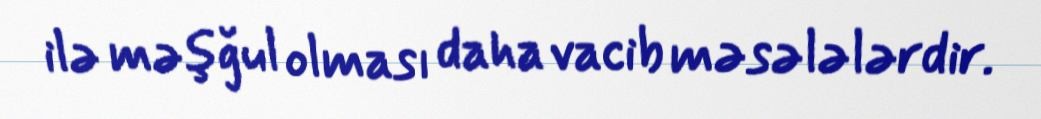
ilə məşğul olması daha vacib məsələlərdir.